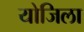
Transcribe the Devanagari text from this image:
योजिला